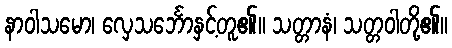
နာဝါသမော၊ လှေသင်္ဘောနှင့်တူ၏။ သတ္တာနံ၊ သတ္တဝါတို့၏။